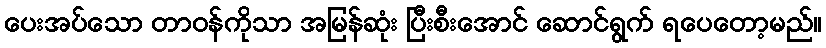
ပေးအပ်သော တာဝန်ကိုသာ အမြန်ဆုံး ပြီးစီးအောင် ဆောင်ရွက် ရပေတော့မည်။